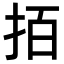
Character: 𢫦